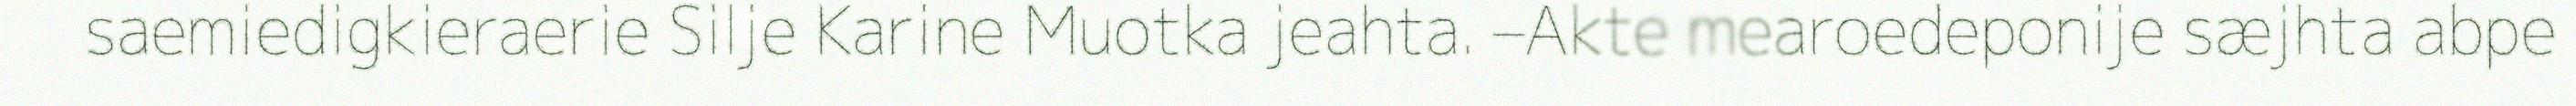
saemiedigkieraerie Silje Karine Muotka jeahta. –Akte mearoedeponije sæjhta abpe